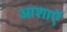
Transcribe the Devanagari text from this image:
आशाऍ